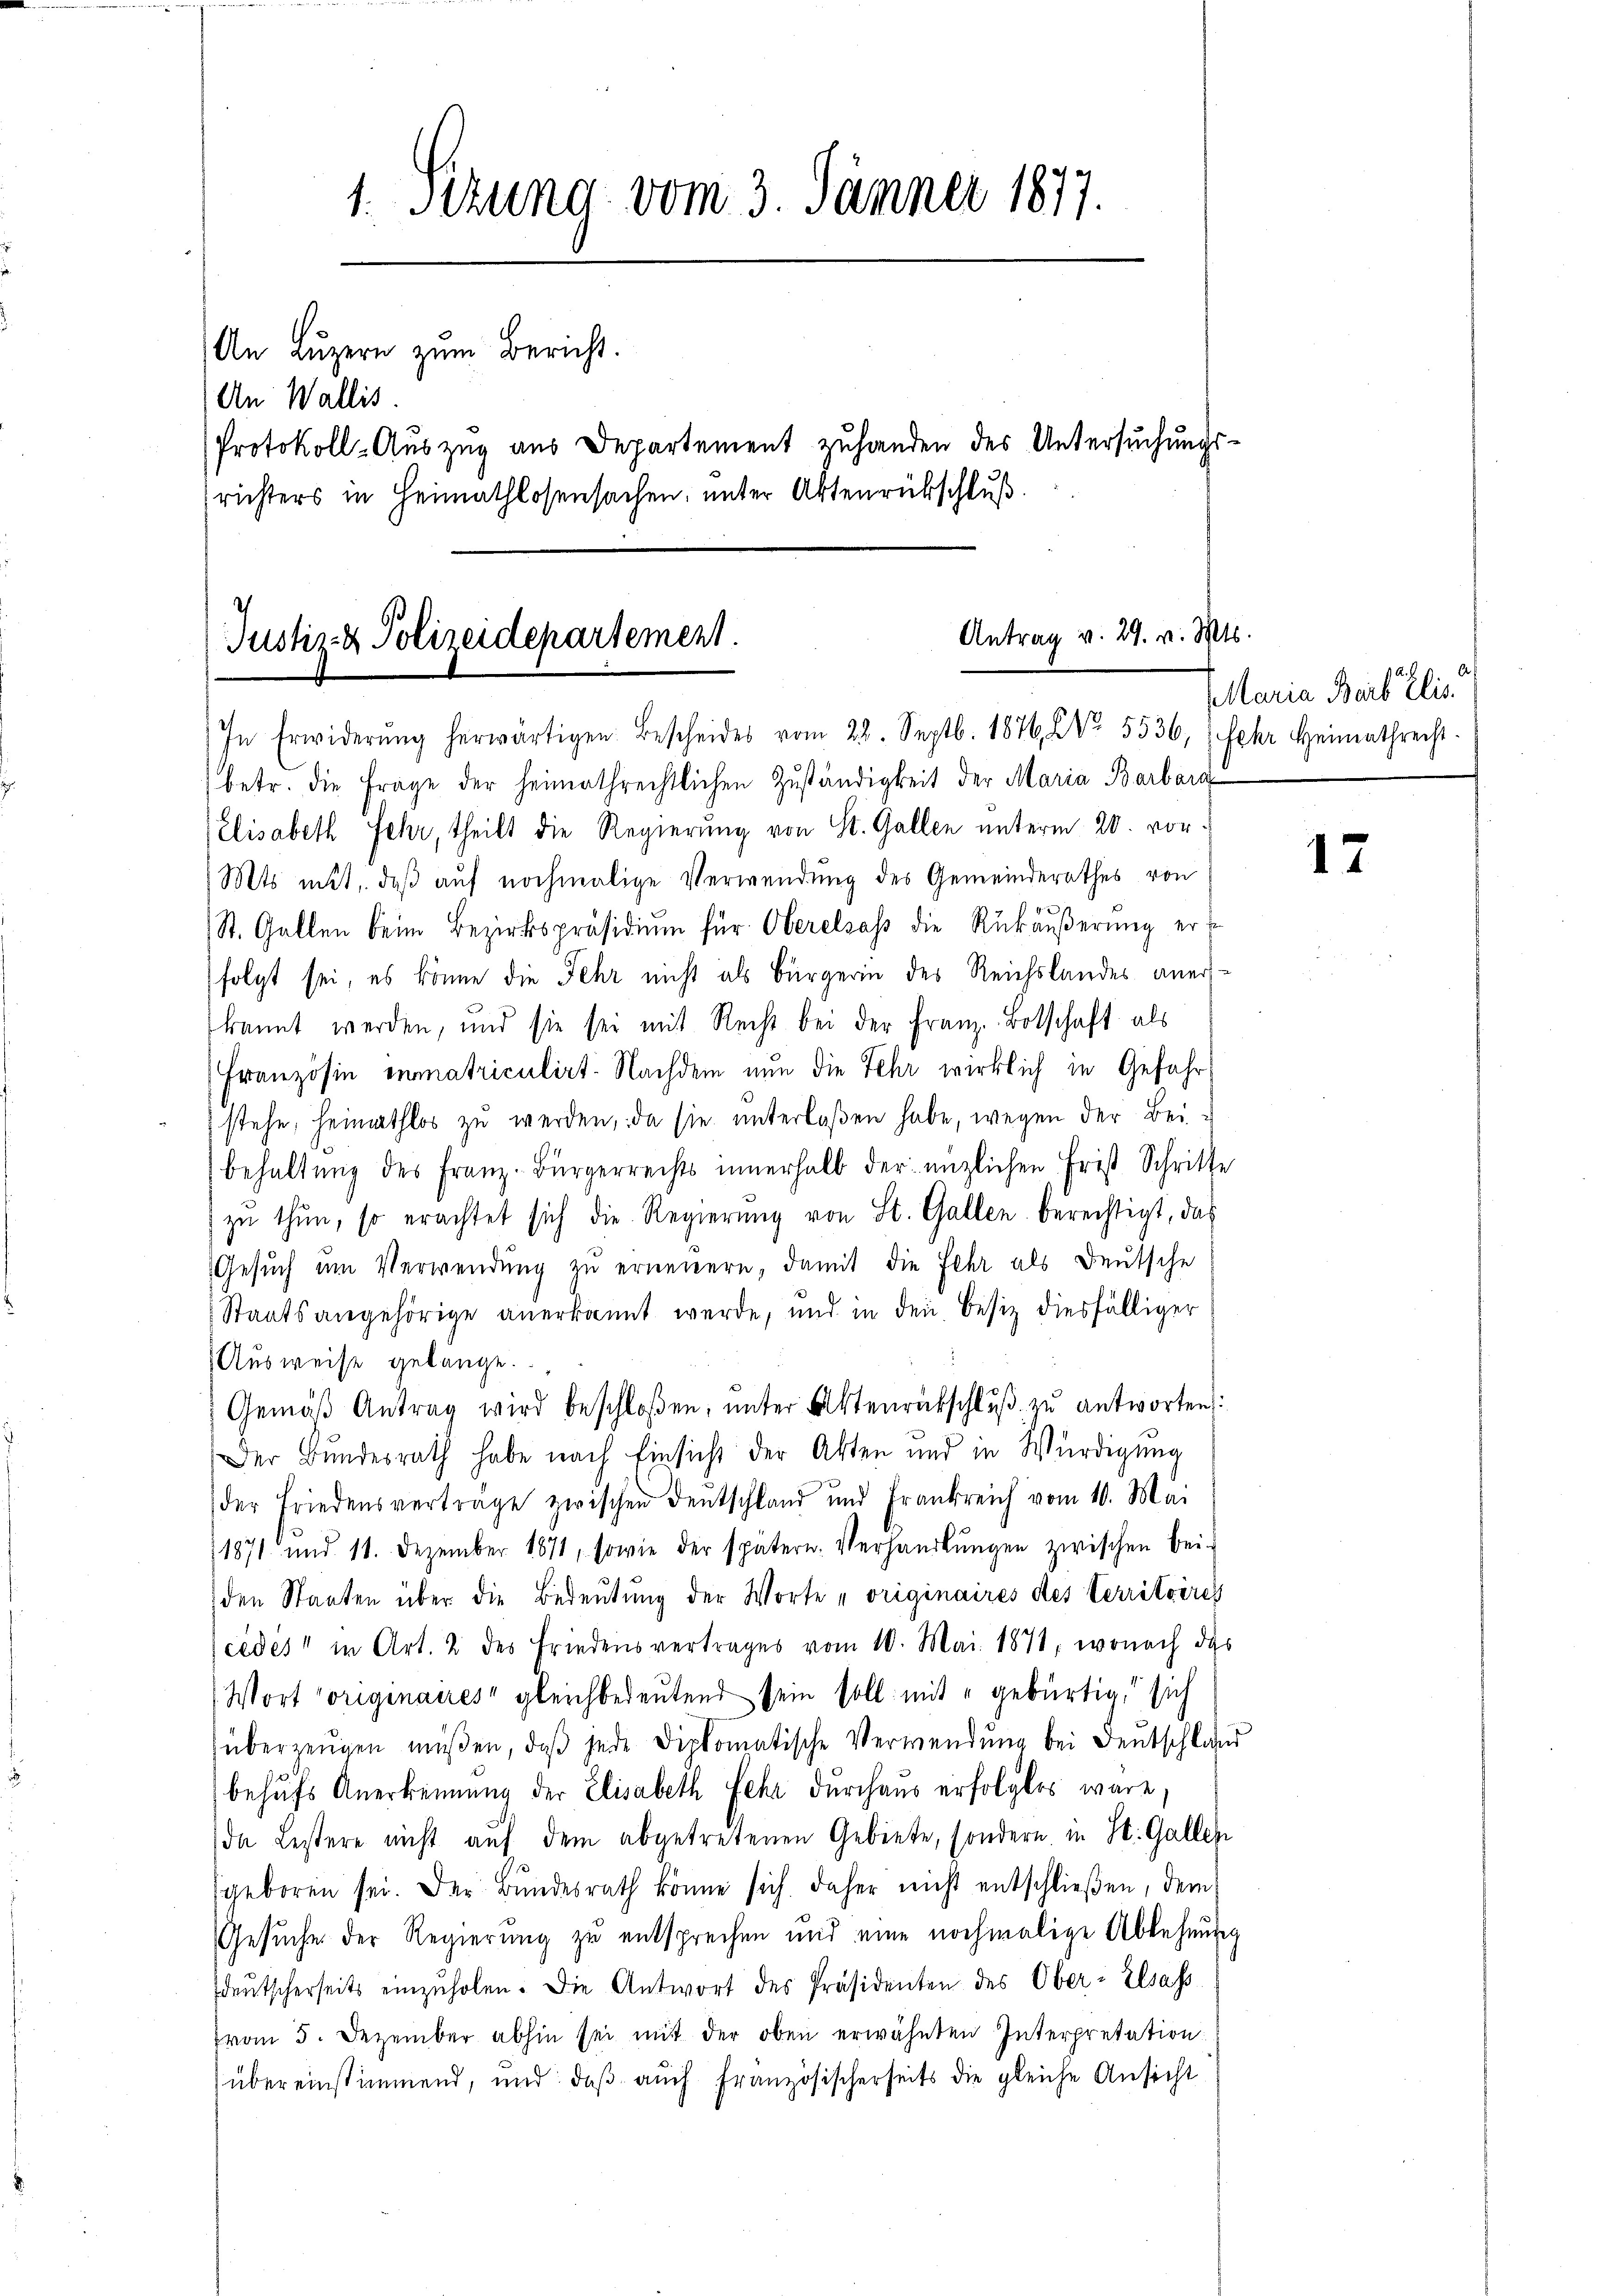
1.Stzung vom 3. Jänner 1877.
An Luzern zum Bericht.
An Wallis.
Protokoll-Auszug aus Departement zuhanden des Untersuchungsrichters in Heimathlosensachen, unter Aktenrückschluß

/
Antrag v. 29. v. Mts.
Justiz- & Polizeidepartement.
In Erwiderŭng herwärtigen Bescheides vom 28. Septb. 1876 NNo. 5536, (sehr Heimathrecht.

betr. die Frage der heimathrechtlichen Zuständigkeit der Maria Barbara
Elisabeth Fehr, theils die Regierung von St. Gallen unterm 20. vor¬
Mts mit, daß auf nochmalige Verwendung des Gemeinderathes von
St. Gallen beim Bezirkspräsidium für Oberelsass die Rükäußerung er
folgt sei, es könne die Fehr nicht als Bürgerin des Reichslandes anerskannt werden, und sie sei mit Recht bei der Franz. Botschaft als
Französin immatriculirt. Nachdem nun die Fehr wirklich in Gefahrstehe, heimathlos zu werden, da sie unterlaßen habe, wegen der Beibehaltŭng des Franz-Bürgerrechts innerhalb der enzlichen Frist Schritte
zŭ thun, so erachtet sich die Regierŭng von St. Gallen berechtigt, das
Gesŭch ŭm Verwendung zu erneuern, damit die Fehr als Deutsche
Staatsangehörige anerkannt werde, und in den Besiz diesfälliger
Ausweise gelange.
Gemäβ Antrag wird beschloßen, ŭnter Aktenrückschlŭβ zŭ antworten:
Der Bundesrath habe nach Einsicht der Akten und in Würdigung
der Friedensverträge zwischen Deutschland und Frankreich vom 10. Mai
1871 und 11. Dezember 1871, sowie der spätern. Verhandlŭngen zwischen Bei-
den Staaten über die Bedeutung der Worte „originaires des Territoires
cedes" in Art. 2 des Friedensvertrages vom 10. Mai 1871, wonach das
Wort originaues gleichbedeutend sein soll mit gebürtig, sich
überzeigen müßen, daβ jede dickomatische Verwendung bei Deutschlags
behufs Anerkennung der Elisabeth Fehr durchaus erfolgtes wäre,
da Bestere nicht auf dem abgetretenen Gebiete, sondern in St. Gallen
geboren sei. Der Bundesrath könne sich daher nicht entschließen, dem
Gesuche der Regierung zu entsprechen und eine nochmalige Ablehnung
deŭtscherseits einzŭholen. Die Antwort des Präsidenten des Ober- Elsass
Fvom 5. Dezember abhin sei mit der oben erwähnten Interpretation:
übereinstimmend, und daß auch französischerseits die gleiche Ansicht

Maria Barb Elis.

17